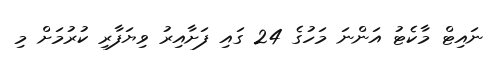
ނައިޓް މާކެޓު އަންނަ މަހުގެ 24 ގައި ފަށާއިރު ވިޔަފާރި ކުރުމަށް މި